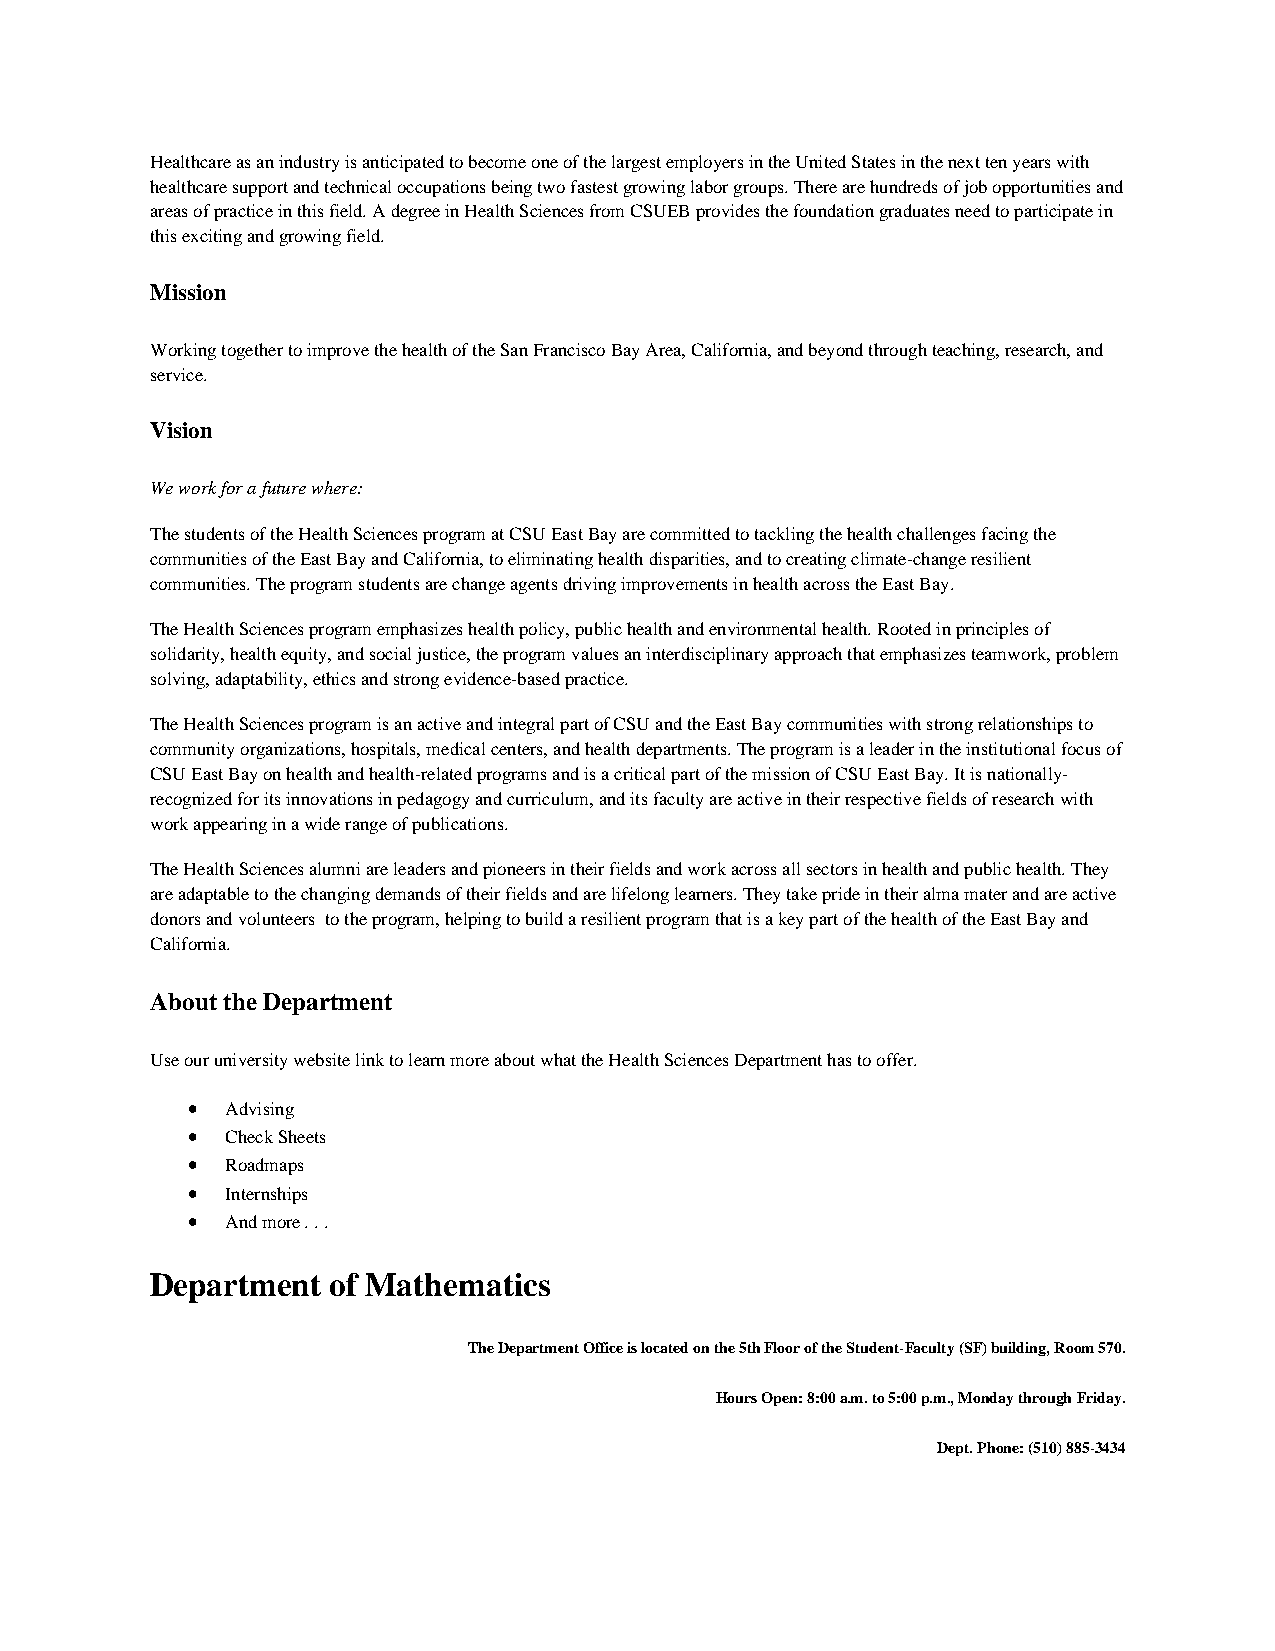
Healthcare as an industry is anticipated to become one of the largest employers in the United States in the next ten years with
 healthcare support and technical occupations being two fastest growing labor groups. There are hundreds of job opportunities and
 areas of practice in this field. A degree in Health Sciences from CSUEB provides the foundation graduates need to participate in
 this exciting and growing field.
 Mission
 Working together to improve the health of the San Francisco Bay Area, California, and beyond through teaching, research, and
 service.
 Vision
 We work for a future where:
 The students of the Health Sciences program at CSU East Bay are committed to tackling the health challenges facing the
 communities of the East Bay and California, to eliminating health disparities, and to creating climate-change resilient
 communities. The program students are change agents driving improvements in health across the East Bay.
 The Health Sciences program emphasizes health policy, public health and environmental health. Rooted in principles of
 solidarity, health equity, and social justice, the program values an interdisciplinary approach that emphasizes teamwork, problem
 solving, adaptability, ethics and strong evidence-based practice.
 The Health Sciences program is an active and integral part of CSU and the East Bay communities with strong relationships to
 community organizations, hospitals, medical centers, and health departments. The program is a leader in the institutional focus of
 CSU East Bay on health and health-related programs and is a critical part of the mission of CSU East Bay. It is nationally-
 recognized for its innovations in pedagogy and curriculum, and its faculty are active in their respective fields of research with
 work appearing in a wide range of publications.
 The Health Sciences alumni are leaders and pioneers in their fields and work across all sectors in health and public health. They
 are adaptable to the changing demands of their fields and are lifelong learners. They take pride in their alma mater and are active
 donors and volunteers to the program, helping to build a resilient program that is a key part of the health of the East Bay and
 California.
 About the Department
 Use our university website link to learn more about what the Health Sciences Department has to offer.
 •  Advising
 •  Check Sheets
 •  Roadmaps
 •  Internships
 •  And more . . .
 Department  of Mathematics
 The Department Office is located on the 5th Floor of the Student-Faculty (SF) building, Room 570.
 Hours Open: 8:00 a.m. to 5:00 p.m., Monday through Friday.
 Dept. Phone: (510) 885-3434